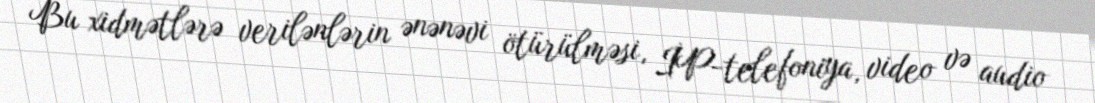
Bu xidmətlərə verilənlərin ənənəvi ötürülməsi, İP-telefoniya, video və audio